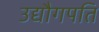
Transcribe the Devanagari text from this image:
उद्यौगपति